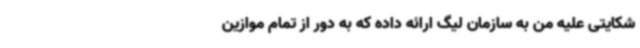
شکایتی علیه من به سازمان لیگ ارائه داده که به دور از تمام موازین